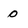
Character: 0